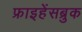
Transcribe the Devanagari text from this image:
फ्राइहेंसब्रुक